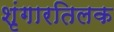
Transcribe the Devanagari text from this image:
शृंगारतिलक